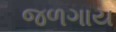
જળગાય